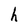
Character: h